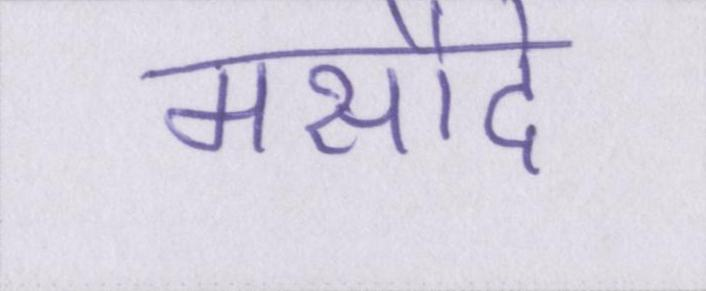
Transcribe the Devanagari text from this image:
मसौदे